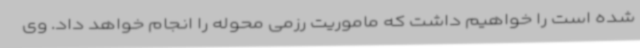
شده است را خواهیم داشت که ماموریت رزمی محوله را انجام خواهد داد. وی